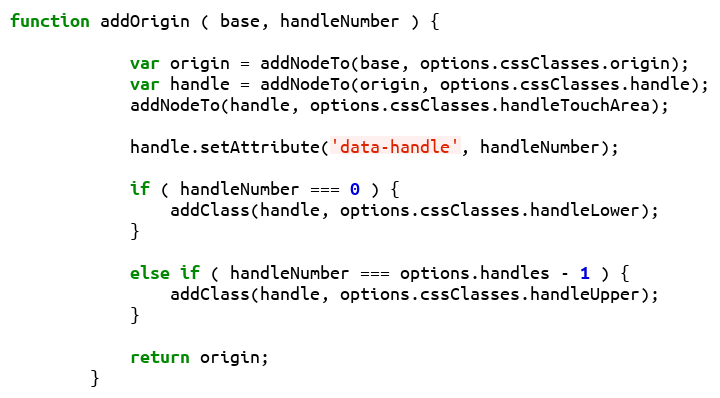
Language: JavaScript
function addOrigin ( base, handleNumber ) {

            var origin = addNodeTo(base, options.cssClasses.origin);
            var handle = addNodeTo(origin, options.cssClasses.handle);
            addNodeTo(handle, options.cssClasses.handleTouchArea);

            handle.setAttribute('data-handle', handleNumber);

            if ( handleNumber === 0 ) {
                addClass(handle, options.cssClasses.handleLower);
            }

            else if ( handleNumber === options.handles - 1 ) {
                addClass(handle, options.cssClasses.handleUpper);
            }

            return origin;
        }